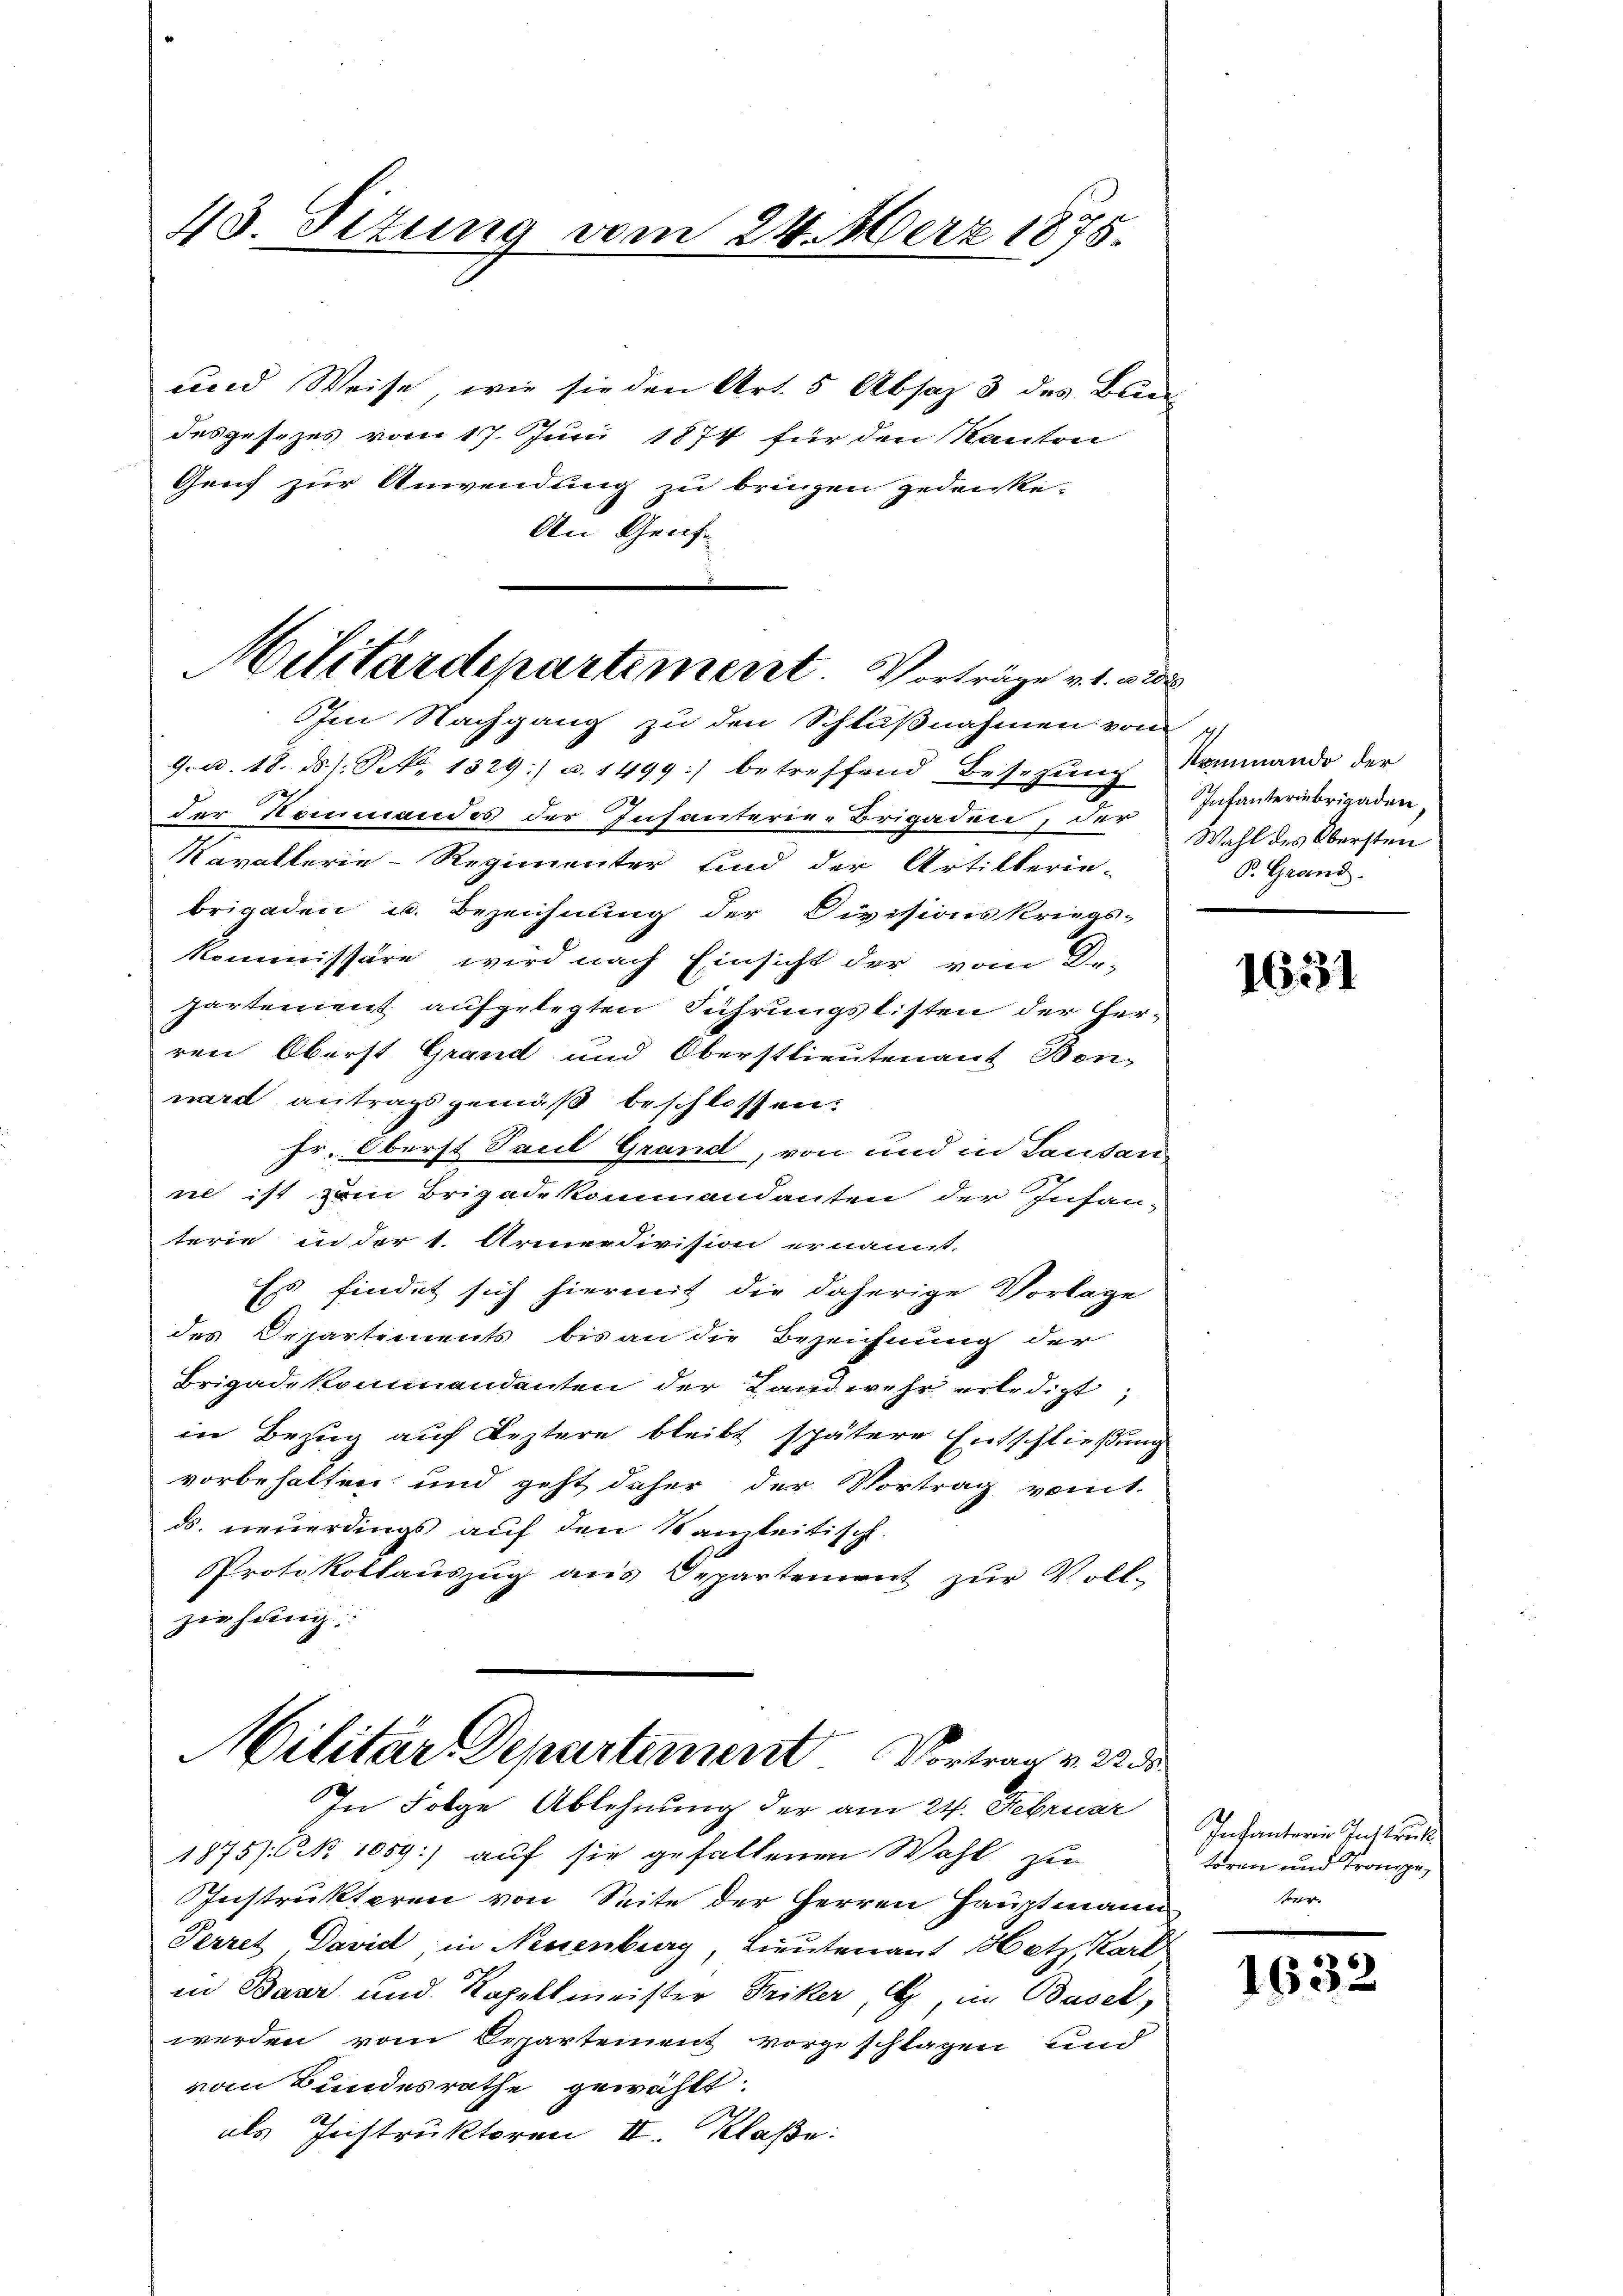
43. Situng vom 24. März 1875.

und Weise, wie sie den Art. 5 Absaz 3 des Bund
desgesezes vom 17. Juni 1874 für den Kanton
Genf zur Anwendung zu bringen gedenke-
An Genf.

Militärdepartement. Vorträge v. 1. wide

Im Nachgang zu den Schlußnahmen von
G. u. 18. ds. s. S. 1329) u. 1499) betreffend Besetzung
der Kommandos der Infanterie-Brigaden, der
Kavallerie-Regimenter sind der Artillerie-
brigaden u. Bezeichnung der Civisionskriegs-
kommissäre wird nach Einsicht der vom Dr.
partement aufgelegten Führungslisten der Herren Oberst Grand und Oberstlieutenant Bon-
nard antragsgemäß beschlossen.
Fr. Oberst Paul Grand, von und in Lausan
ne ist vom Brigade kommandanten der Infanterie in der 1. Armeedivision ernannt,
Es findet sich hiermit die daherige Vorlage
des Departements bis an die Bezeichnung der
Brigade kommandanten der Landwehr erledigt,
in Bezug auf Leztere bleibt spätere Entschließung
vorbehalten und geht daher der Vortrag vomt.
ds neuerdings auf den Samleitisch.
Protokollaŭszŭg ans Departement zŭr Voll-
ziehung.
Militär Departement Vortrag v. 225
In Folge Ablehnung der am 24. Februar
1875) No 1059) auf sie gefallenen Wahl zu
Instrukteren von Seite der Herren Hauptmann
Perret David in Neuenburg, Lieutenant Hatz, Kart
in Bani und Kapellmeister Friker, C in Basel,
werden vom Departement vorgeschlagen und
vom Bundesrathe gewählt.
als Fristruktoren II. Klaße:

Nammando der
Infanterinbrigaden
Wahl des Obersten
S. Grand.

1631

Infanterie Instruk
tören und Trange,
r.

1632